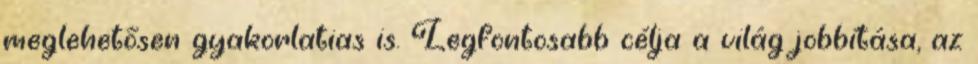
meglehetősen gyakorlatias is. Legfontosabb célja a világ jobbítása, az